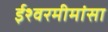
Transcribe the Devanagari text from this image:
ईश्वरमीमांसा